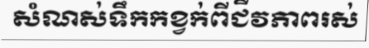
សំណស់ទឹកកខ្វក់ពីជីវភាពរស់